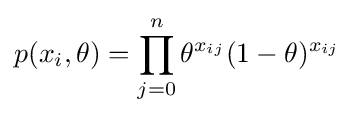
p(x_{i},\theta )=\prod _{j=0}^{n}\theta ^{x_{ij}}(1-\theta )^{x_{ij}}